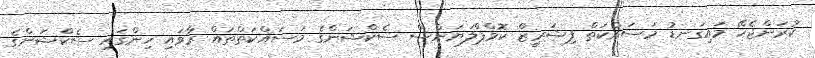
ކުރަންޖެހޭ މައިގަނޑު މަސައްކަތް ފިޝަރީޒް ކޮމްޕްލަޔަންސް ސެކްޝަންގެ މަސައްކަތްތައް ރާވައި ހިންގައި ސެކްޝަންގެ